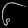
Digit: ၆